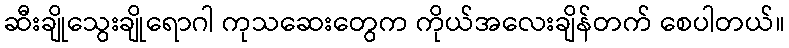
ဆီးချိုသွေးချိုရောဂါ ကုသဆေးတွေက ကိုယ်အလေးချိန်တက် စေပါတယ်။